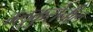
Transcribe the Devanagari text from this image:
ग्लुकुरोनील